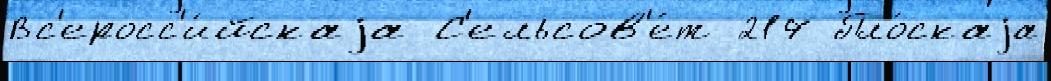
Вс'еросс'и́йскаjа С'ельсов'е́т 217 Пло́скаjа